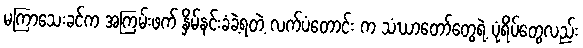
မကြာသေးခင်က အကြမ်းဖက် နှိမ်နင်းခံခဲ့ရတဲ့ လက်ပံတောင်း က သံဃာတော်တွေရဲ့ ပုံရိပ်တွေလည်း